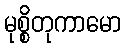
မုစ္စိတုကာမော